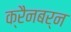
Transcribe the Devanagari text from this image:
क्रैनबर्न